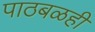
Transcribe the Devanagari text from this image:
पाठबळही